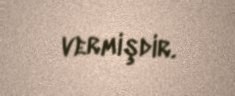
vermişdir.